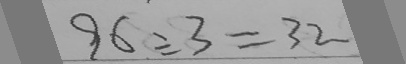
9 6 \div 3 = 3 2